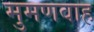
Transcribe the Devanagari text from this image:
मुमणवाह